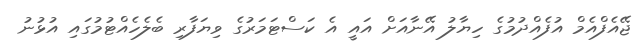
ޖޭއެފްއެމް އުފެއްދުމުގެ ހިޔާލު އޭނާއަށް އައީ އެ ކަސްޓަމަރުގެ ވިޔަފާރި ބެލެހެއްޓުމުގައި އުޅުނު